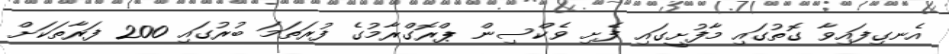
އެނގިފައިވާ ގޮތުގައި މާފުށީގައި ފެށި ވެކްސިން ޕްރޮގްރާމުގެ ފުރަތަމަ ބުރުގައި 200 ފަރާތަކަށް